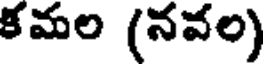
కమల (నవల)